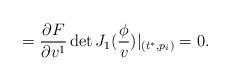
LaTeX: \begin{align*}=\frac{\partial F}{\partial v^1}\det J_1(\frac \phi v)|_{(t^{*},p_i)}=0.\end{align*}